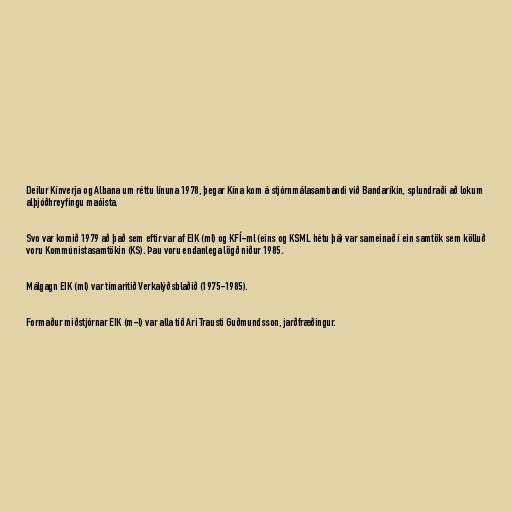
Deilur Kínverja og Albana um réttu línuna 1978, þegar Kína kom á stjórnmálasambandi við Bandaríkin, splundraði að lokum
alþjóðhreyfingu maóista.

Svo var komið 1979 að það sem eftir var af EIK (ml) og KFÍ-ml (eins og KSML hétu þá) var sameinað í ein samtök sem kölluð
voru Kommúnistasamtökin (KS). Þau voru endanlega lögð niður 1985.

Málgagn EIK (ml) var tímaritið Verkalýðsblaðið (1975-1985).

Formaður miðstjórnar EIK (m-l) var alla tíð Ari Trausti Guðmundsson, jarðfræðingur.